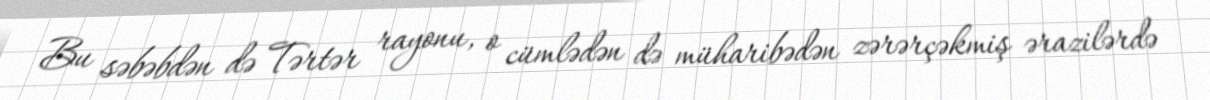
Bu səbəbdən də Tərtər rayonu, o cümlədən də müharibədən zərərçəkmiş ərazilərdə